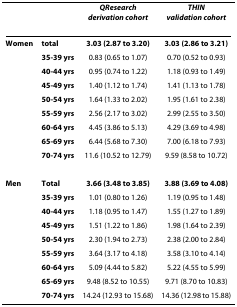
|  |  | QResearchderivation cohort | THINvalidation cohort |
 | --- | --- | --- | --- |
 | Women | total | 3.03 (2.87 to 3.20) | 3.03 (2.86 to 3.21) |
 |  | 35-39 yrs | 0.83 (0.65 to 1.07) | 0.70 (0.52 to 0.93) |
 |  | 40-44 yrs | 0.95 (0.74 to 1.22) | 1.18 (0.93 to 1.49) |
 |  | 45-49 yrs | 1.40 (1.12 to 1.74) | 1.41 (1.13 to 1.78) |
 |  | 50-54 yrs | 1.64 (1.33 to 2.02) | 1.95 (1.61 to 2.38) |
 |  | 55-59 yrs | 2.56 (2.17 to 3.02) | 2.99 (2.55 to 3.50) |
 |  | 60-64 yrs | 4.45 (3.86 to 5.13) | 4.29 (3.69 to 4.98) |
 |  | 65-69 yrs | 6.44 (5.68 to 7.30) | 7.00 (6.18 to 7.93) |
 |  | 70-74 yrs | 11.6 (10.52 to 12.79) | 9.59 (8.58 to 10.72) |
 | Men | Total | 3.66 (3.48 to 3.85) | 3.88 (3.69 to 4.08) |
 |  | 35-39 yrs | 1.01 (0.80 to 1.26) | 1.19 (0.95 to 1.48) |
 |  | 40-44 yrs | 1.18 (0.95 to 1.47) | 1.55 (1.27 to 1.89) |
 |  | 45-49 yrs | 1.51 (1.22 to 1.86) | 1.98 (1.64 to 2.39) |
 |  | 50-54 yrs | 2.30 (1.94 to 2.73) | 2.38 (2.00 to 2.84) |
 |  | 55-59 yrs | 3.64 (3.17 to 4.18) | 3.58 (3.10 to 4.14) |
 |  | 60-64 yrs | 5.09 (4.44 to 5.82) | 5.22 (4.55 to 5.99) |
 |  | 65-69 yrs | 9.48 (8.52 to 10.55) | 9.71 (8.70 to 10.83) |
 |  | 70-74 yrs | 14.24 (12.93 to 15.68) | 14.36 (12.98 to 15.88) |